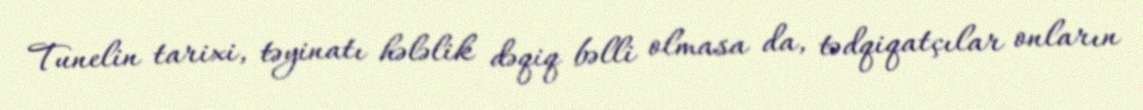
Tunelin tarixi, təyinatı hələlik dəqiq bəlli olmasa da, tədqiqatçılar onların